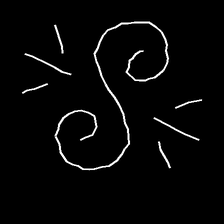
Glyph: wind-directs-air